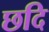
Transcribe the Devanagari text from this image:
छदि